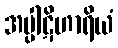
အပ္ပါဋိဟာရိယံ